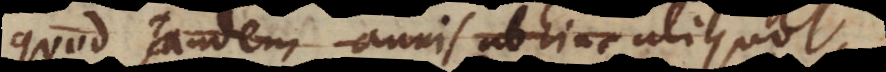
quod tandem annis abhinc aliquot